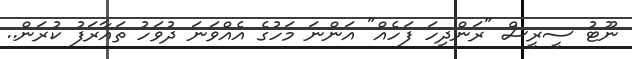
ނޫޓު ސީރީސް "ރަންދިހަ ފަހެއް" އަންނަ މަހުގެ އެއްވަނަ ދުވަހު ތައާރަފު ކުރަން..